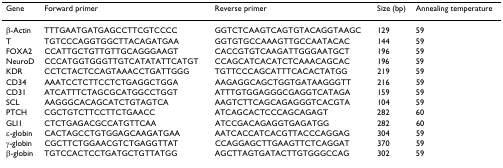
<table><thead><tr><td><b>Gene</b></td><td><b>Forward primer</b></td><td><b>Reverse primer</b></td><td><b>Size (bp)</b></td><td><b>Annealing temperature</b></td></tr></thead><tbody><tr><td>β-Actin</td><td>TTTGAATGATGAGCCTTCGTCCCC</td><td>GGTCTCAAGTCAGTGTACAGGTAAGC</td><td>129</td><td>59</td></tr><tr><td>T</td><td>TGTCCCAGGTGGCTTACAGATGAA</td><td>GGTGTGCCAAAGTTGCCAATACAC</td><td>144</td><td>59</td></tr><tr><td>FOXA2</td><td>CCATTGCTGTTGTTGCAGGGAAGT</td><td>CACCGTGTCAAGATTGGGAATGCT</td><td>196</td><td>59</td></tr><tr><td>NeuroD</td><td>CCCATGGTGGGTTGTCATATATTCATGT</td><td>CCAGCATCACATCTCAAACAGCAC</td><td>196</td><td>59</td></tr><tr><td>KDR</td><td>CCTCTACTCCAGTAAACCTGATTGGG</td><td>TGTTCCCAGCATTTCACACTATGG</td><td>219</td><td>59</td></tr><tr><td>CD34</td><td>AAATCCTCTTCCTCTGAGGCTGGA</td><td>AAGAGGCAGCTGGTGATAAGGGTT</td><td>216</td><td>59</td></tr><tr><td>CD31</td><td>ATCATTTCTAGCGCATGGCCTGGT</td><td>ATTTGTGGAGGGCGAGGTCATAGA</td><td>159</td><td>59</td></tr><tr><td>SCL</td><td>AAGGGCACAGCATCTGTAGTCA</td><td>AAGTCTTCAGCAGAGGGTCACGTA</td><td>104</td><td>59</td></tr><tr><td>PTCH</td><td>CGCTGTCTTCCTTCTGAACC</td><td>ATCAGCACTCCCAGCAGAGT</td><td>282</td><td>60</td></tr><tr><td>GLI1</td><td>CTCTGAGACGCCATGTTCAA</td><td>ATCCGACAGAGGTGAGATGG</td><td>282</td><td>60</td></tr><tr><td>ε-globin</td><td>CACTAGCCTGTGGAGCAAGATGAA</td><td>AATCACCATCACGTTACCCAGGAG</td><td>304</td><td>59</td></tr><tr><td>γ-globin</td><td>CGCTTCTGGAACGTCTGAGGTTAT</td><td>CCAGGAGCTTGAAGTTCTCAGGAT</td><td>370</td><td>59</td></tr><tr><td>β-globin</td><td>TGTCCACTCCTGATGCTGTTATGG</td><td>AGCTTAGTGATACTTGTGGGCCAG</td><td>302</td><td>59</td></tr></tbody></table>